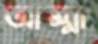
আম্মা